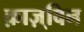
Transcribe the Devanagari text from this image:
क़ाज़्विन